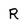
Character: R